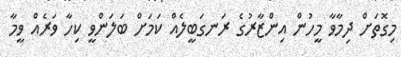
މިގޮތަށް ދިމާވާ މީހުން އިންޒާރުގެ ރަނގަބީލެއް ކަމަށް ބަލަންވީ ކިހާ ވަރެއް ވީމާ